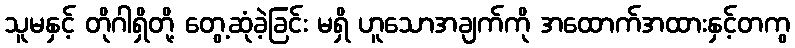
သူမနှင့် တိုဂါရှိတို့ တွေ့ဆုံခဲ့ခြင်း မရှိ ဟူသောအချက်ကို အထောက်အထားနှင့်တကွ